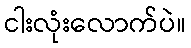
ငါးလုံးလောက်ပဲ။